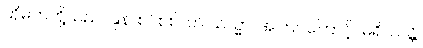
ထိုမိဘတို့သည်။ နုန၊ စင်စစ်။ ဟိ ယသ္မာ၊ အကြင်ကြောင့်။ မရိဿန္တိ၊